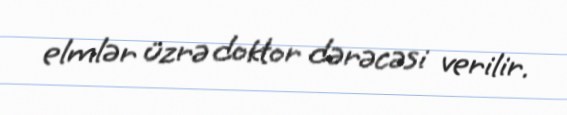
elmlər üzrə doktor dərəcəsi verilir.